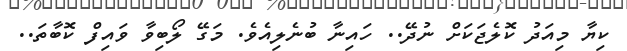
ކިޔާ މިއަދު ކޮލެޖަކަށް ނުދޭ.. ހައިނާ ބުނެލިއެވެ. މަގޭ ލޯބިވާ ވައިފް ކޮބާތަ..